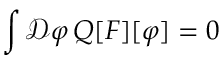
\int { \mathcal { D } } \varphi \, Q [ F ] [ \varphi ] = 0